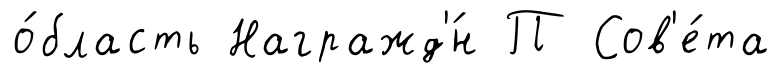
о́бласть Награжд'́н П Сов'е́та